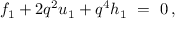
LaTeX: f _ { 1 } + 2 q ^ { 2 } u _ { 1 } + q ^ { 4 } h _ { 1 } \ = \ 0 \, ,